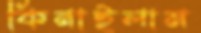
কিনাইলাম